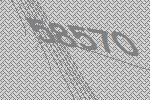
58570